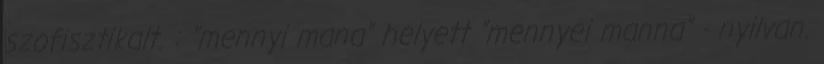
szofisztikalt. : "mennyi mana" helyett "mennyei manna" - nyilvan.